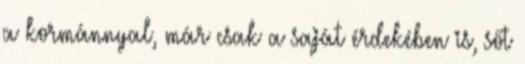
a kormánnyal, már csak a saját érdekében is, sőt